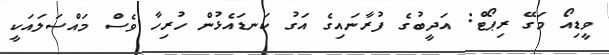
ވީޑިއޯ މަގޭ ރިޕޯޓް: އަދީީބުގެ ފުރާނައިގެ އަގު ކަނޑައެޅުން ހުރިހާ ވެސް މައްސަލައަކީ